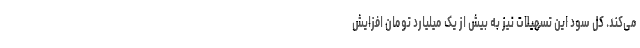
می‌کند. کل سود این تسهیلات نیز به بیش از یک میلیارد تومان افزایش